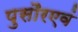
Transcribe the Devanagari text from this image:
पुसौरएवं